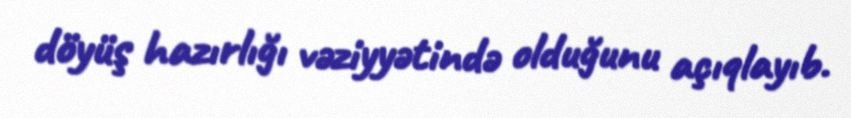
döyüş hazırlığı vəziyyətində olduğunu açıqlayıb.